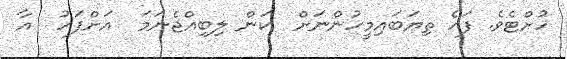
ހުށްޓެވެ. ފަހެ ތިޔަބައިމީހުންނަށް  ކަން ލިބިއްޖެނަމަ  އަށްފަހު  އާ